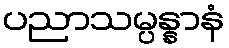
ပညာသမ္ပန္နာနံ